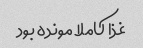
غذا کاملا مونده بود